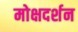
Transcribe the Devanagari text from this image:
मोक्षदर्शन